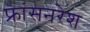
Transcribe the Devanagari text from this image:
फ्रांसनरेश